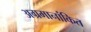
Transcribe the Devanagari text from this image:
अग्रमानांकित